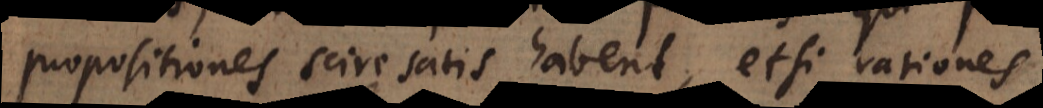
propositiones scire satis habent, etsi rationes